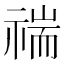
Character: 𥚻